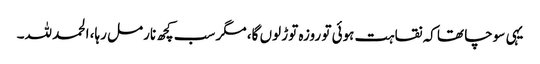
یہی سوچا تھا کہ نقاہت ہوئی تو روزہ توڑ لوں گا، مگر سب کچھ نارمل رہا، الحمد للہ۔